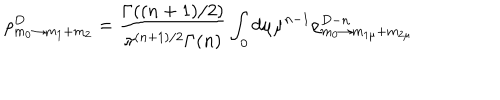
\rho _ { m _ { 0 } \rightarrow m _ { 1 } + m _ { 2 } } ^ { D } = \frac { \Gamma ( ( n + 1 ) / 2 ) } { \pi ^ { ( n + 1 ) / 2 } \Gamma ( n ) } \int _ { 0 } d \mu \mu ^ { n - 1 } \rho _ { m _ { 0 } \rightarrow m _ { 1 \mu } + m _ { 2 \mu } } ^ { D - n }